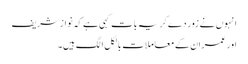
انہوں نے زور دے کر یہ بات کہی ہے کہ نواز شریف
اور عمران کے معاملات بالکل الگ ہیں۔